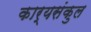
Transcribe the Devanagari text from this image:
कार्यसंकुल